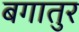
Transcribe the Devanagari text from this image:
बगातुर